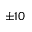
\pm 1 0